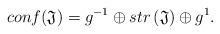
LaTeX: \begin{align*}conf(\mathfrak{J})=g^{-1}\oplus str\left( \mathfrak{J}\right) \oplus g^{1}.\end{align*}